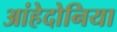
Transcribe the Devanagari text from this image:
आंहेदोनिया